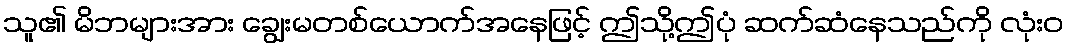
သူ၏ မိဘများအား ချွေးမတစ်ယောက်အနေဖြင့် ဤသို့ဤပုံ ဆက်ဆံနေသည်ကို လုံးဝ